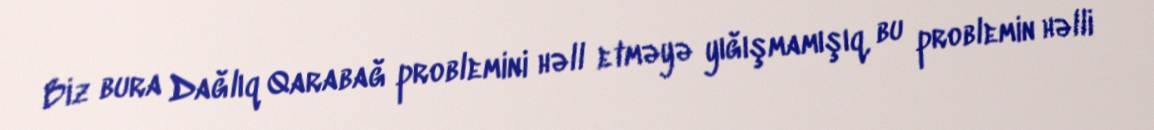
Biz bura Dağlıq Qarabağ problemini həll etməyə yığışmamışıq, bu problemin həlli